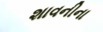
શાવનીના